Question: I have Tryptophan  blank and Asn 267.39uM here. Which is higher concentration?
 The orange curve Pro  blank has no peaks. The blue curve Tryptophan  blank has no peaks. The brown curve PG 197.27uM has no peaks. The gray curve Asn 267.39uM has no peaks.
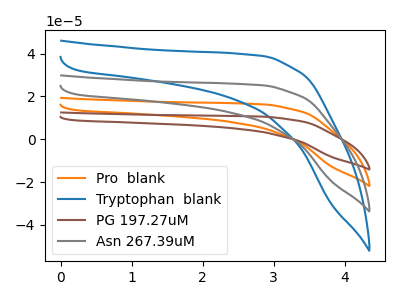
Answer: <think>Neither "Tryptophan  blank" or "Asn 267.39uM" have any peaks.
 </think>
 <answer>I cant tell if "Tryptophan  blank" or "Asn 267.39uM" has higher concentration.</answer>
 <eval>mixed_concentration</eval>